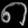
Digit: ၈